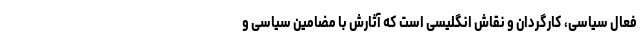
فعال سیاسی، کارگردان و نقاش انگلیسی است که آثارش با مضامین سیاسی و